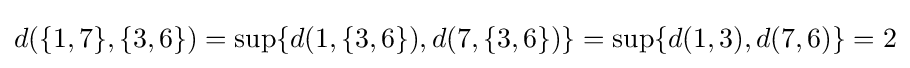
d(\{1,7\},\{3,6\})=\sup\{d(1,\{3,6\}),d(7,\{3,6\})\}=\sup\{d(1,3),d(7,6)\}=2